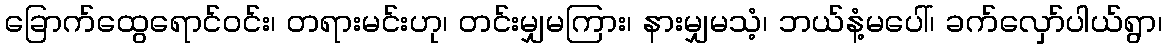
ခြောက်ထွေရောင်ဝင်း၊ တရားမင်းဟု၊ တင်းမျှမကြား၊ နားမျှမသံ့၊ ဘယ်နံ့မပေါ်၊ ခက်လှော်ပါယ်ရွာ၊